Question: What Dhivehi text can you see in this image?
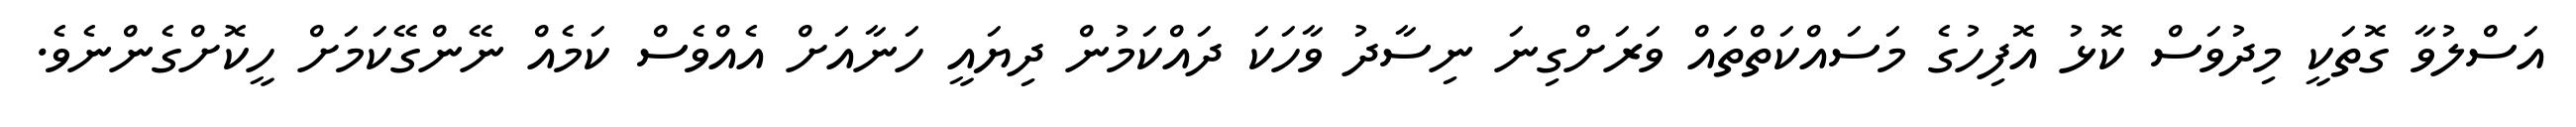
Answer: އަސްލުވާ ގޮތަކީ މިދުވަސް ކޮޅު އޮފިހުގެ މަސައްކަތްތައް ވަރަށްގިނަ ނިސާދު ވާހަކަ ދައްކަމުން ދިޔައީ ހަނާއަށް އެއްވެސް ކަމެއް ނޭންގޭކަމަށް ހީކޮށްގެންނެވެ.